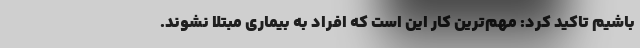
باشیم تاکید کرد: مهم‌ترین کار این است که افراد به بیماری مبتلا نشوند.